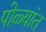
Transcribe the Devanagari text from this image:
पोळ्यांत